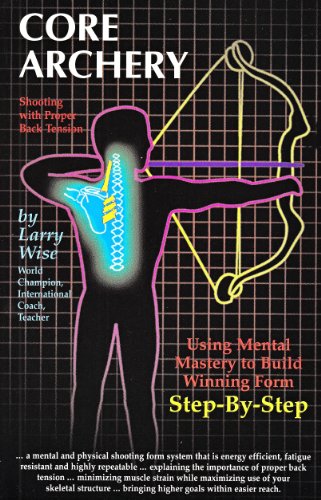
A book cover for Core Archery: Shooting With Proper Back Tension; Larry Wise; Sports & Outdoors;